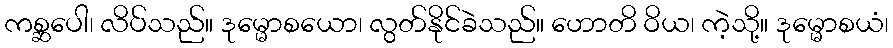
ကစ္ဆပေါ၊ လိပ်သည်။ ဒုမ္မောစယော၊ လွတ်နိုင်ခဲသည်။ ဟောတိ ဝိယ၊ ကဲ့သို့။ ဒုမ္မောစယံ၊